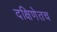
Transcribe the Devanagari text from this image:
दक्षिणेतच